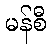
မန်စီ